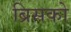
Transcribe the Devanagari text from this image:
ब्रिसको